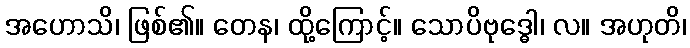
အဟောသိ၊ ဖြစ်၏။ တေန၊ ထို့ကြောင့်။ သောပိဗုဒ္ဓေါ၊ လ။ အဟုတိ၊